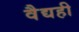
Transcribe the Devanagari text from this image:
वैद्यही